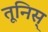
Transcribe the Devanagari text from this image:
तूनिस्